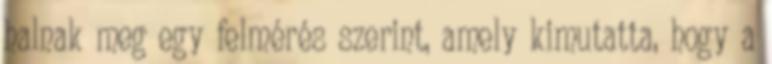
halnak meg egy felmérés szerint, amely kimutatta, hogy a